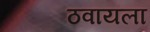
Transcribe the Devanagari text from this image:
ठवायला